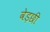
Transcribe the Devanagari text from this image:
वेड़छी